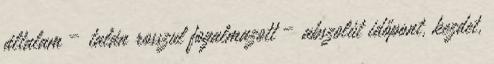
általam – talán rosszul fogalmazott – abszolút időpont, kezdet,